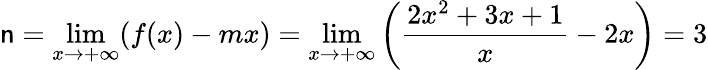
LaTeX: \mathsf{n}=\operatorname*{lim}_{x\rightarrow+\infty}(f(x)-mx)=\operatorname*{lim}_{x\rightarrow+\infty}\left({\frac{{2x^{2}+3x+1}}{{x}}}-2x\right)=3